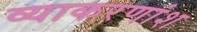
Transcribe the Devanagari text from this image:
व्याकरणांश